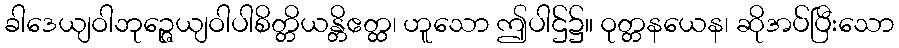
ခါဒေယျဝါဘုဉ္ဇေယျဝါပါစိတ္တိယန္တိဧတ္ထ၊ ဟူသော ဤပါဌ်၌။ ဝုတ္တနယေန၊ ဆိုအပ်ပြီးသော